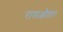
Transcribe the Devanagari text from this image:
रामऔतार